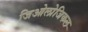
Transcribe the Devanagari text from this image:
जिओलोजिकल